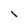
Character: l